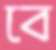
বে